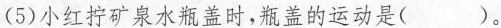
(5)小红拧矿泉水瓶盖时，瓶盖的运动是()。